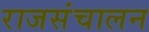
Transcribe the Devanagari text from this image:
राजसंचालन